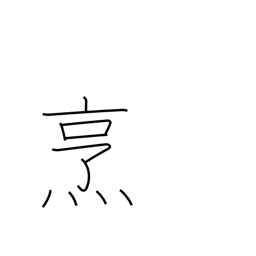
Meaning: boil